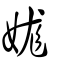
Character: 娏